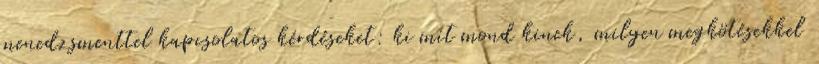
menedzsmenttel kapcsolatos kérdéseket: ki mit mond kinek, milyen megkötésekkel